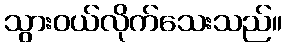
သွားဝယ်လိုက်သေးသည်။